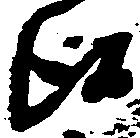
候